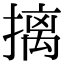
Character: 摛